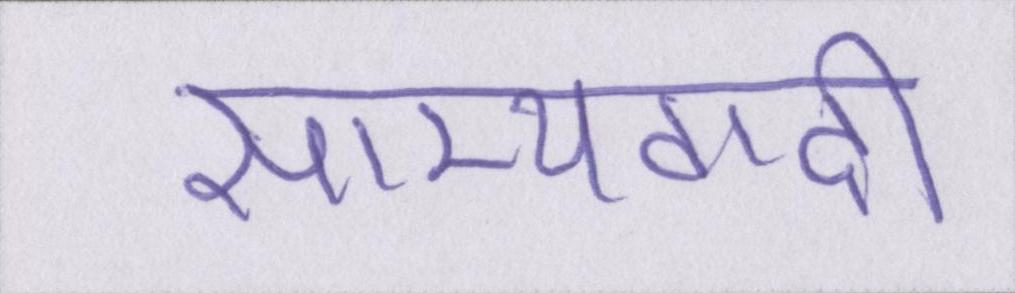
साम्यवादी